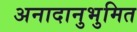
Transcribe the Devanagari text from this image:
अनादानुभुमित